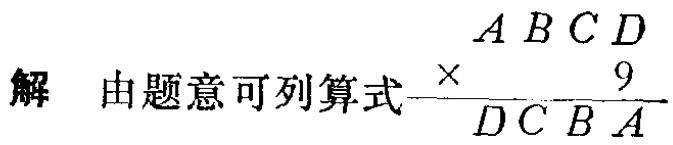
解 由题意可列算式$\begin{array}{r}ABCD\\\times\ \ \ \ \ \ 9\\\hline DCBA\end{array}$